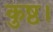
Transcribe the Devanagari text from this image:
कुष्ठ।